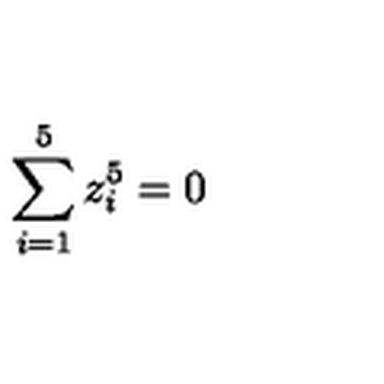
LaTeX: \sum _ { i = 1 } ^ { 5 } z _ { i } ^ { 5 } = 0